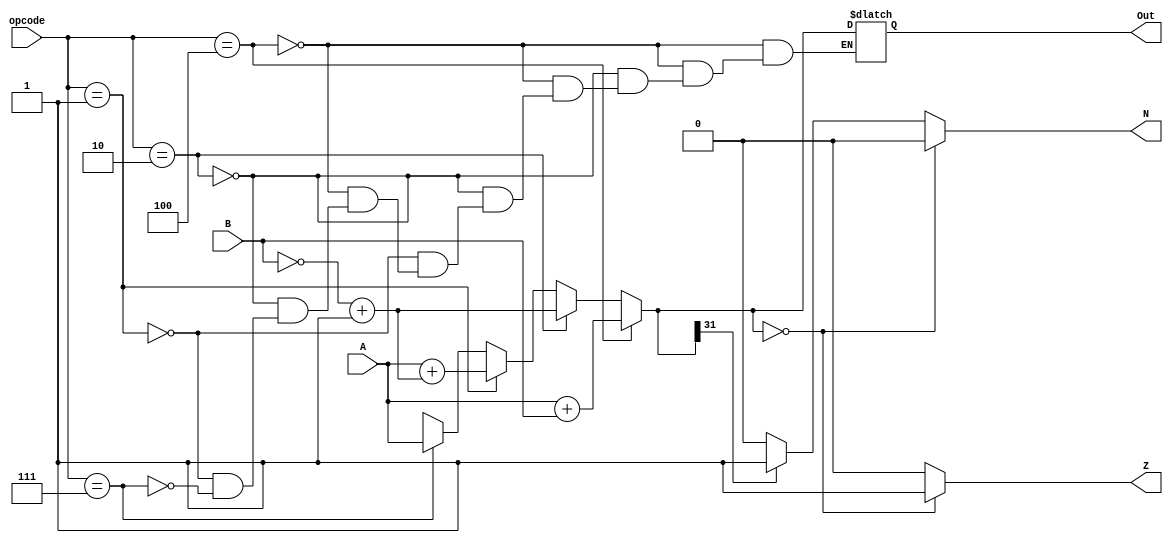
`timescale 1ns / 1ps
//////////////////////////////////////////////////////////////////////////////////
// Company: 
// Engineer: 
// 
// Design Name: 
// Module Name: alu
// Project Name: 
// Target Devices: 
// Tool Versions: 
// Description: 
// 
// Dependencies: 
// 
// Revision:
// Revision 0.01 - File Created
// Additional Comments:
// 
//////////////////////////////////////////////////////////////////////////////////


module alu(opcode, A, B, Out, Z, N);
    input [2:0] opcode;
    input [31:0] A, B;
    output reg [31:0] Out;
    output reg Z, N;
    
    // selection logic
    always@(opcode, A, B)begin
    if (opcode == 3'b100)
        Out = A + B;
    else if(opcode == 3'b010)
        Out = ~B + 1;
    else if (opcode == 3'b001)
        Out = A + (~B + 1);
    else if (opcode == 3'b111)
        Out = A;

    
    if (Out == 0) begin
        Z = 1;
        N = 0;
    end
    else if (Out[31] == 1'b1) begin
        Z = 0;
        N = 1;
    end
    else begin
        Z = 0;
        N = 0;
    end
    end
endmodule